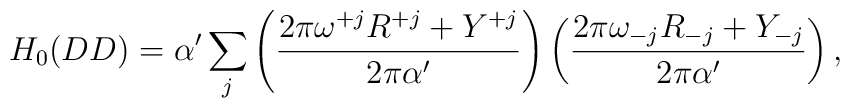
H_0 (DD) = \alpha '\sum_{j}\left(\frac{2\pi\omega^{+j}R^{+j}    +      Y^{+j}}{2\pi\alpha'}\right)\left(\frac{2\pi\omega_{-j}R_{-j}                           +Y_{-j}}{2\pi\alpha'}\right),